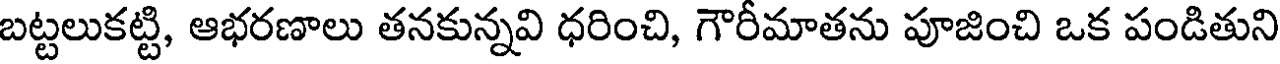
బట్టలుకట్టి, ఆభరణాలు తనకున్నవి ధరించి, గౌరీమాతను పూజించి ఒక పండితుని